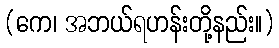
(ကေ၊ အဘယ်ရဟန်းတို့နည်း။)